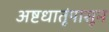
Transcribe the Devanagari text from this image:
अष्टधातूंपासून